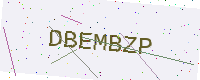
Text: DBEMBZP